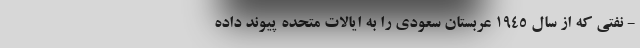
- نفتی که از سال ١٩٤٥ عربستان سعودی را به ایالات متحده پیوند داده